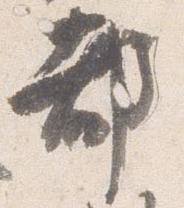
都